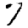
Digit: 7